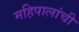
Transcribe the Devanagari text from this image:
महिपालांची